Indian journal of veterinary science and animal husbandry - Volumes 15-17, 1948-1951
Year: 1948
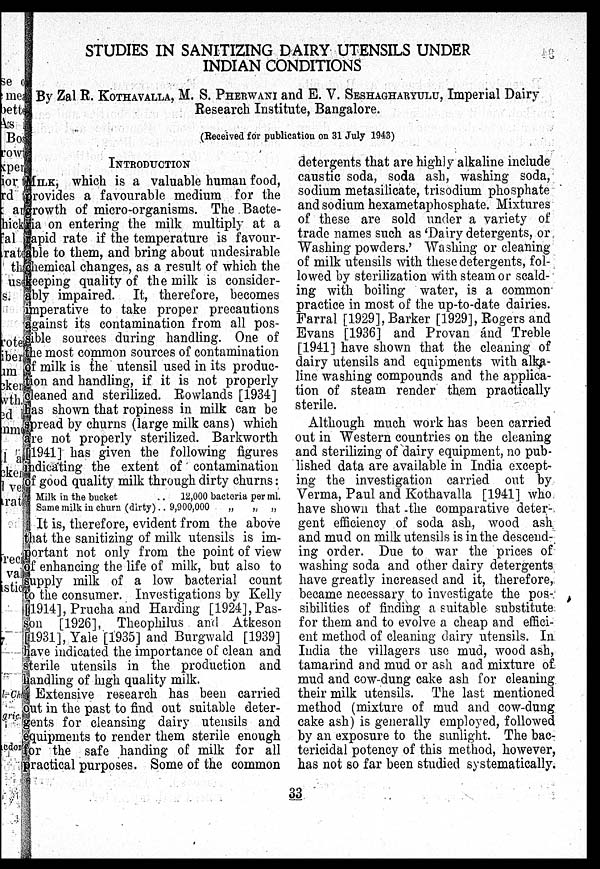
STUDIES IN SANITIZING DAIRY UTENSILS UNDER
INDIAN CONDITIONS
By Zal R. KOTHAVALLA, M. S. PHERWANI and E. V. SESHAGHARYULU, Imperial Dairy
Research Institute, Bangalore.
(Received for publication on 31 July 1943)
INTRODUCTION
MILK, which is a valuable human food,
provides a favourable medium for the
growth of micro-organisms. The Bacte-
ria on entering the milk multiply at a
rapid rate if the temperature is favour-
able to them, and bring about undesirable
chemical changes, as a result of which the
keeping quality of the milk is consider-
ably impaired. It, therefore, becomes
imperative to take proper precautions
against its contamination from all pos-
sible sources during handling. One of
the most common sources of contamination
of milk is the utensil used in its produc-
tion and handling, if it is not properly
cleaned and sterilized. Rowlands [1934]
has shown that ropiness in milk can be
spread by churns (large milk cans) which
are not properly sterilized. Barkworth
[1941] has given the following figures
indicating the extent of contamination
of good quality milk through dirty churns:
Milk in the bucket
.. 12,000 bacteria per ml.
Same milk in churn (dirty) . . 9,900,000
„
„ „
It is, therefore, evident from the above
that the sanitizing of milk utensils is im-
portant not only from the point of view
of enhancing the life of milk, but also to
supply milk of a low bacterial count
to the consumer. Investigations by Kelly
[1914], Prucha and Harding [1924], Pas-
son [1926], Theophilus and Atkeson
[1931], Yale [1935] and Burgwald [1939]
have indicated the importance of clean and
sterile utensils in the production and
handling of high quality milk.
Extensive research has been carried
out in the past to find out suitable deter-
gents for cleansing dairy utensils and
equipments to render them sterile enough
for the safe handing of milk for all
practical purposes. Some of the common
detergents that are highly alkaline include
caustic soda, soda ash, washing soda,
sodium metasilicate, trisodium phosphate
and sodium hexametaphosphate. Mixtures
of these are sold under a variety of
trade names such as 'Dairy detergents, or
Washing powders.' Washing or cleaning
of milk utensils with these detergents, fol-
lowed by sterilization with steam or scald-
ing with boiling water, is a common
practice in most of the up-to-date dairies.
Farral [1929], Barker [1929], Rogers and
Evans [1936] and Provan and Treble
[1941] have shown that the cleaning of
dairy utensils and equipments with alka-
line washing compounds and the applica-
tion of steam render them practically
sterile.
Although much work has been carried
out in Western countries on the cleaning
and sterilizing of dairy equipment, no pub-
lished data are available in India except-
ing the investigation carried out by
Verma, Paul and Kothavalla [1941] who
have shown that the comparative deter-
gent efficiency of soda ash, wood ash
and mud on milk utensils is in the descend-
ing order. Due to war the prices of
washing soda and other dairy detergents
have greatly increased and it, therefore,
became necessary to investigate the pos-
sibilities of finding a suitable substitute
for them and to evolve a cheap and effici-
ent method of cleaning dairy utensils. In
India the villagers use mud, wood ash,
tamarind and mud or ash and mixture of
mud and cow-dung cake ash for cleaning
their milk utensils. The last mentioned
method (mixture of mud and cow-dung
cake ash) is generally employed, followed
by an exposure to the sunlight. The bac-
tericidal potency of this method, however,
has not so far been studied systematically.
33